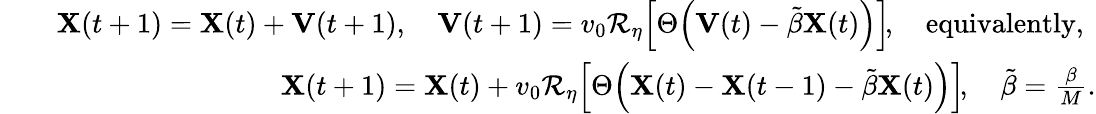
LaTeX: \begin{array}{rlr}&{}&{\mathbf{X}(t+1)=\mathbf{X}(t)+\mathbf{V}(t+1),\quad\mathbf{V}(t+1)=v_{0}\mathcal{R}_{\eta}\! \left[\Theta\! \left(\mathbf{V}(t)-\tilde{\beta}\mathbf{X}(t)\right)\right]\! ,\quad\mathrm{equivalently,~}}\\ &{}&{\mathbf{X}(t+1)=\mathbf{X}(t)+v_{0}\mathcal{R}_{\eta}\! \left[\Theta\! \left(\mathbf{X}(t)-\mathbf{X}(t-1)-\tilde{\beta}\mathbf{X}(t)\right)\right]\! ,\quad\tilde{\beta}=\frac{\beta}{M}.}\end{array}